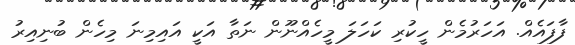
ފާފައެއް. އަހަރުމެން ހީކުރި ކަހަލަ މީހެއްނޫން ނަތާ އަކީ އައިމިނަ މިހެން ބުނިއިރު